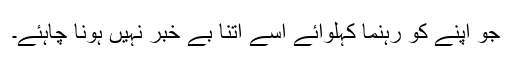
جو اپنے کو رہنما کہلوائے اسے اتنا بے خبر نہیں ہونا چاہئے۔